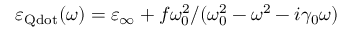
\varepsilon _ { \mathrm { Q d o t } } ( \omega ) = \varepsilon _ { \infty } + f \omega _ { 0 } ^ { 2 } / ( \omega _ { 0 } ^ { 2 } - \omega ^ { 2 } - i \gamma _ { 0 } \omega )